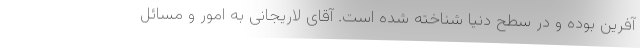
آفرین بوده و در سطح دنیا شناخته شده است. آقای لاریجانی به امور و مسائل